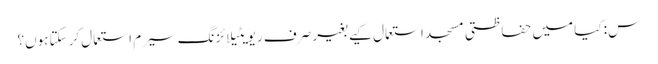
س: کیا میں حفاظتی مسجد استعمال کیے بغیر صرف ریویٹیلائزنگ سیرم استعمال کرسکتا ہوں؟